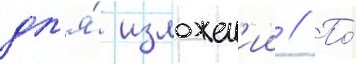
дл'я́ изложен'ии // По́